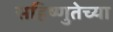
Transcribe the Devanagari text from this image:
सहिष्णुतेच्या